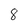
Character: 8